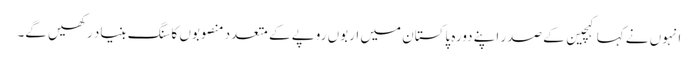
انہوں نے کہا کہچین کے صدر اپنے دورہ پاکستان میں اربوں روپے کے متعدد منصوبوں کا سنگ بنیاد رکھیں گے۔